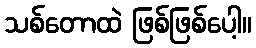
သစ်တောထဲ ဖြစ်ဖြစ်ပေါ့။